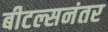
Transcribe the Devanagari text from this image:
बीटल्सनंतर